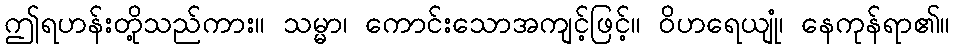
ဤရဟန်းတို့သည်ကား။ သမ္မာ၊ ကောင်းသောအကျင့်ဖြင့်။ ဝိဟရေယျုံ၊ နေကုန်ရာ၏။